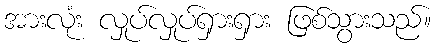
အားလုံး လှုပ်လှုပ်ရှားရှား ဖြစ်သွားသည်။